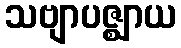
သဗျာပဇ္ဈာယ